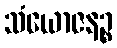
သံယောဇနဉ္စ